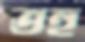
তহু